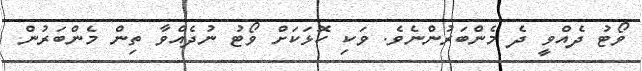
ވޯޓު ދެއްވީ ދެ މެންބަރުންނެވެ. ވަކި ކޮޅަކަށް ވޯޓު ނުދެއްވާ ތިން މެންބަރުން